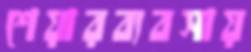
শেয়ারব্যবসায়